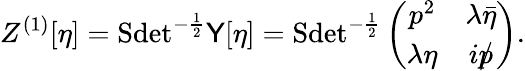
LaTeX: Z^{(1)}[\eta]=\mathrm{Sdet}^{-\frac 12}{\sf Y}[\eta]=\mathrm{Sdet}^{-\frac 12}\left(\begin{array}{cc}{{p^{2}}}&{{\lambda\bar{\eta}}}\\ {{\lambda\eta}}&{{ip\llap/}}\end{array}\right).